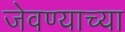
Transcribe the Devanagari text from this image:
जेवण्याच्या